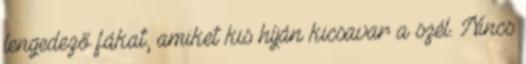
lengedező fákat, amiket kis híján kicsavar a szél. Nincs